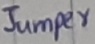
Text: Jumper